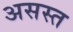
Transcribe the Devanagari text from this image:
असस्त